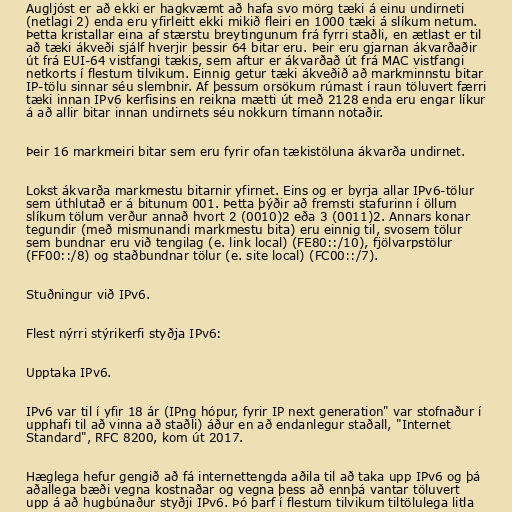
Augljóst er að ekki er hagkvæmt að hafa svo mörg tæki á einu undirneti
(netlagi 2) enda eru yfirleitt ekki mikið fleiri en 1000 tæki á slíkum netum.
Þetta kristallar eina af stærstu breytingunum frá fyrri staðli, en ætlast er til
að tæki ákveði sjálf hverjir þessir 64 bitar eru. Þeir eru gjarnan ákvarðaðir
út frá EUI-64 vistfangi tækis, sem aftur er ákvarðað út frá MAC vistfangi
netkorts í flestum tilvikum. Einnig getur tæki ákveðið að markminnstu bitar
IP-tölu sinnar séu slembnir. Af þessum orsökum rúmast í raun töluvert færri
tæki innan IPv6 kerfisins en reikna mætti út með 2128 enda eru engar líkur
á að allir bitar innan undirnets séu nokkurn tímann notaðir.

Þeir 16 markmeiri bitar sem eru fyrir ofan tækistöluna ákvarða undirnet.

Lokst ákvarða markmestu bitarnir yfirnet. Eins og er byrja allar IPv6-tölur
sem úthlutað er á bitunum 001. Þetta þýðir að fremsti stafurinn í öllum
slíkum tölum verður annað hvort 2 (0010)2 eða 3 (0011)2. Annars konar
tegundir (með mismunandi markmestu bita) eru einnig til, svosem tölur
sem bundnar eru við tengilag (e. link local) (FE80::/10), fjölvarpstölur
(FF00::/8) og staðbundnar tölur (e. site local) (FC00::/7).

Stuðningur við IPv6.

Flest nýrri stýrikerfi styðja IPv6:

Upptaka IPv6.

IPv6 var til í yfir 18 ár (IPng hópur, fyrir IP next generation" var stofnaður í
upphafi til að vinna að staðli) áður en að endanlegur staðall, "Internet
Standard", RFC 8200, kom út 2017.

Hæglega hefur gengið að fá internettengda aðila til að taka upp IPv6 og þá
aðallega bæði vegna kostnaðar og vegna þess að ennþá vantar töluvert
upp á að hugbúnaður styðji IPv6. Þó þarf í flestum tilvikum tiltölulega litla